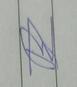
Signature authenticity: forged